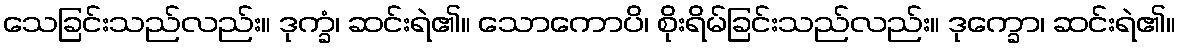
သေခြင်းသည်လည်း။ ဒုက္ခံ၊ ဆင်းရဲ၏။ သောကောပိ၊ စိုးရိမ်ခြင်းသည်လည်း။ ဒုက္ခော၊ ဆင်းရဲ၏။